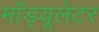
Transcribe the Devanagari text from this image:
मॉड्यूलेटर